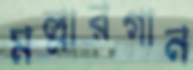
মল্লারগান